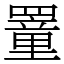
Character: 罿